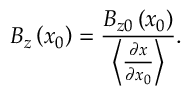
B _ { z } \left( x _ { 0 } \right) = \frac { B _ { z 0 } \left( x _ { 0 } \right) } { \left\langle \frac { \partial x } { \partial x _ { 0 } } \right\rangle } .